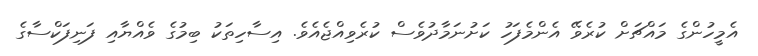
އެމީހުންގެ މައްޗަށް ކުރެވޭ އެންމެފަހު ކަށުނަމާދުވެސް ކުރެވިއްޖެއެވެ. އިސާހިތަކު ބިމުގެ ވެއްޔާއި ފަނިފަކްސާގެ